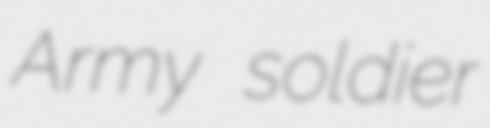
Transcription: Army soldier